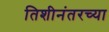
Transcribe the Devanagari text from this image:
तिशीनंतरच्या